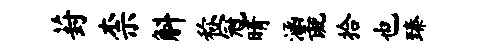
葑柰斛称冠晴涵彘拾也臻